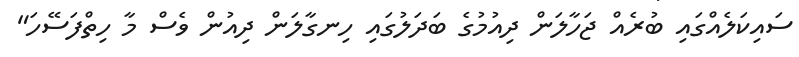
ސައިކަލެއްގައި ބުރެއް ޖަހާލަން ދިއުމުގެ ބަދަލުގައި ހިނގާލަން ދިއުން ވެސް މާ ހިތްފަސޭހަ"